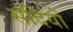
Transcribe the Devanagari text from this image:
सदियोँ